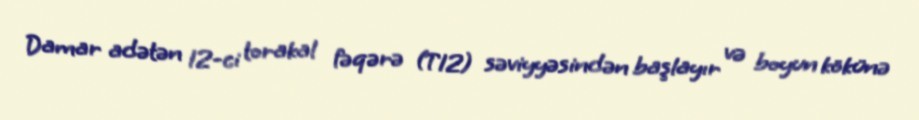
Damar adətən 12-ci torakal fəqərə (T12) səviyyəsindən başlayır və boyun kökünə